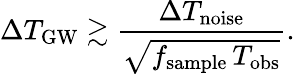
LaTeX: \Delta T_{\mathrm{GW}}\gtrsim\frac{\Delta T_{\mathrm{noise}}}{\sqrt{f_{\mathrm{sample}}\, T_{\mathrm{obs}}}}.